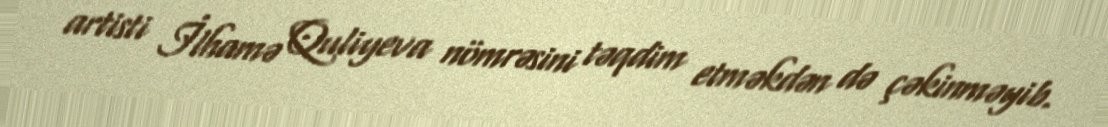
artisti İlhamə Quliyeva nömrəsini təqdim etməkdən də çəkinməyib.